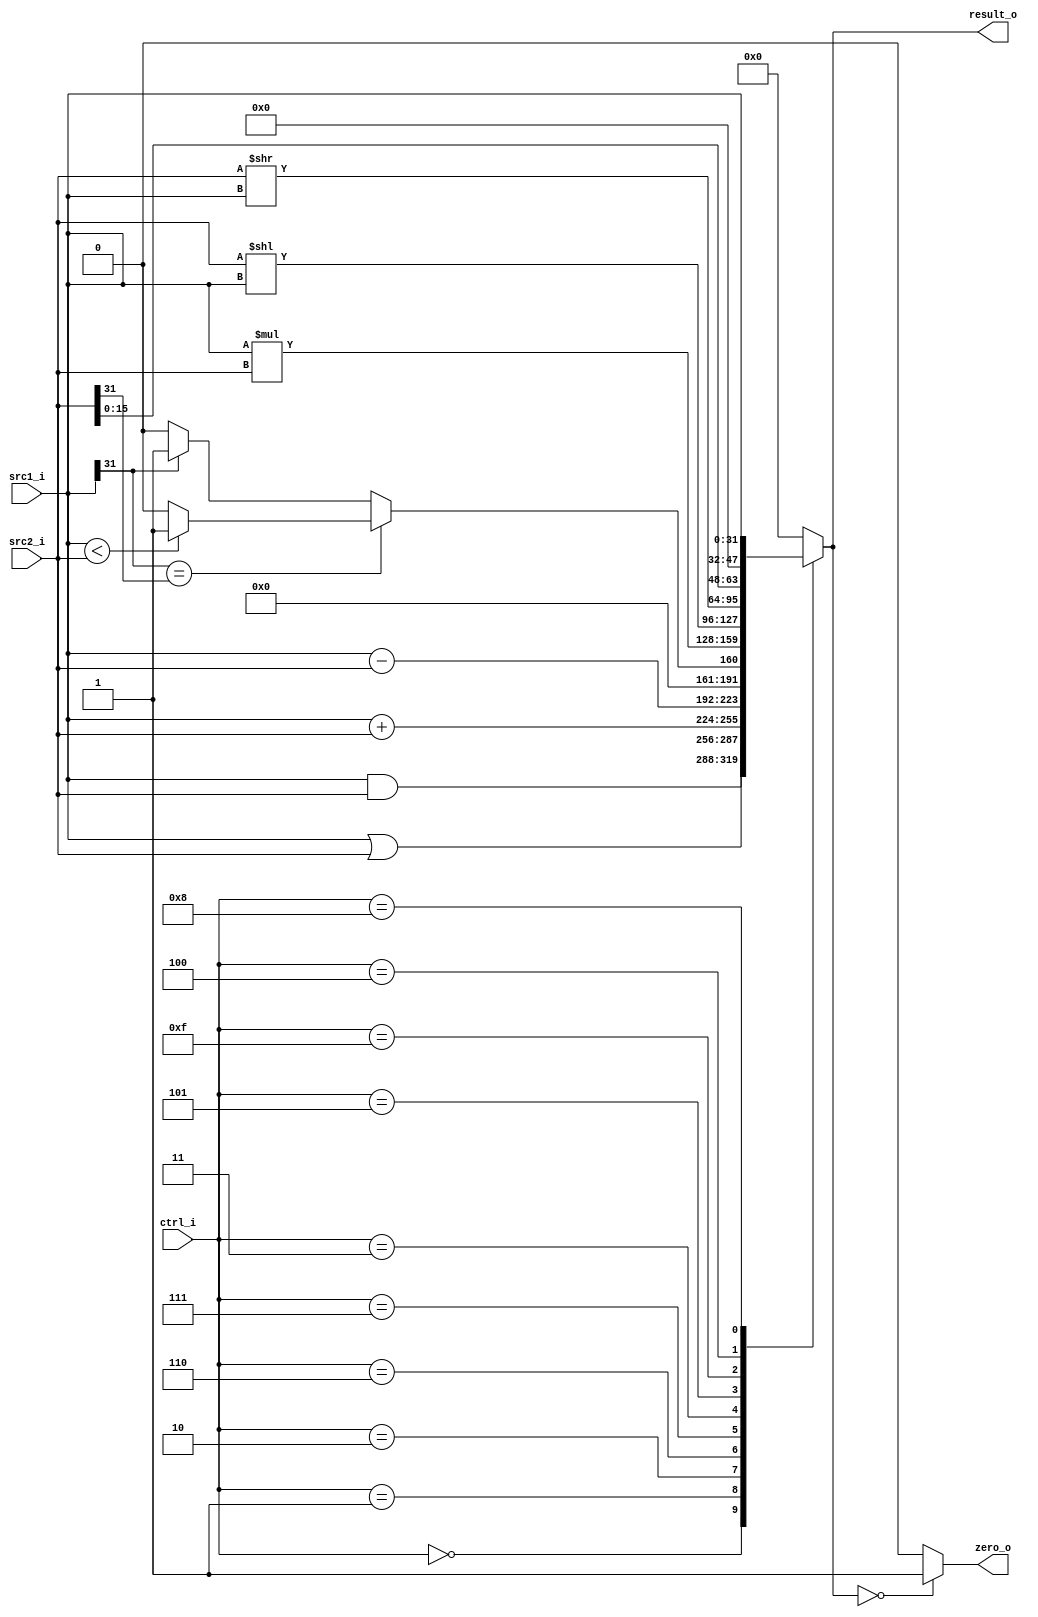
//Subject:		CO project 5 - ALU
//--------------------------------------------------------------------------------
//Version:		3
//--------------------------------------------------------------------------------
//Writer:		0210022 , 0210029 
//----------------------------------------------
//Date:
//----------------------------------------------
//Description:
//--------------------------------------------------------------------------------

module ALU(
	src1_i,
	src2_i,
	ctrl_i,
	result_o,
	zero_o
);

// IO ports
input	[32-1:0]	src1_i;
input	[32-1:0]	src2_i;
input	[4-1:0]		ctrl_i;

output	[32-1:0]	result_o;
output				zero_o;

reg		[32-1:0]	result_o;
wire				zero_o;

// Parameter
parameter	AND		= 4'b0000;		// 0
parameter	OR		= 4'b0001;		// 1
parameter	ADD		= 4'b0010;		// 2
parameter	SUB		= 4'b0110;		// 6
parameter	SLT		= 4'b0111;		// 7
parameter	MULT	= 4'b0011;		// 3
parameter	JR		= 4'b1000;		// 8
parameter	SLL		= 4'b0101;		// 5
parameter	SRL		= 4'b1111;		// 15
parameter 	LUI		= 4'b0100; 		// 4

always@ (*) begin
	case (ctrl_i)
		AND:	result_o = src1_i & src2_i;
		OR:		result_o = src1_i | src2_i;
		ADD:	result_o = src1_i + src2_i;
		SUB:	result_o = src1_i - src2_i;
		SLT: begin
			if (src1_i[31] == src2_i[31]) begin
				if (src1_i < src2_i) result_o = 32'b1;
				else result_o = 32'b0;
			end
			else begin
				if (src1_i[31] == 1) result_o = 32'b1;
				else result_o = 32'b0;
			end
		end
		MULT:	result_o = src1_i * src2_i;
		SLL:	result_o = src2_i << src1_i;
		SRL:	result_o = src2_i >> src1_i;
		LUI:	result_o = src2_i << 16;
		JR:		result_o = src1_i;
		default:	result_o = 32'b0;
	endcase
end

assign zero_o = (result_o == 0) ? 1 : 0;

endmodule